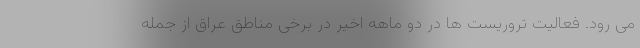
می رود. فعالیت تروریست ها در دو ماهه اخیر در برخی مناطق عراق از جمله